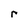
Character: r